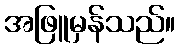
အဖြူမှန်သည်။